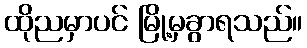
ထိုညမှာပင် မြို့မှခွာရသည်။